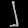
Digit: ၂